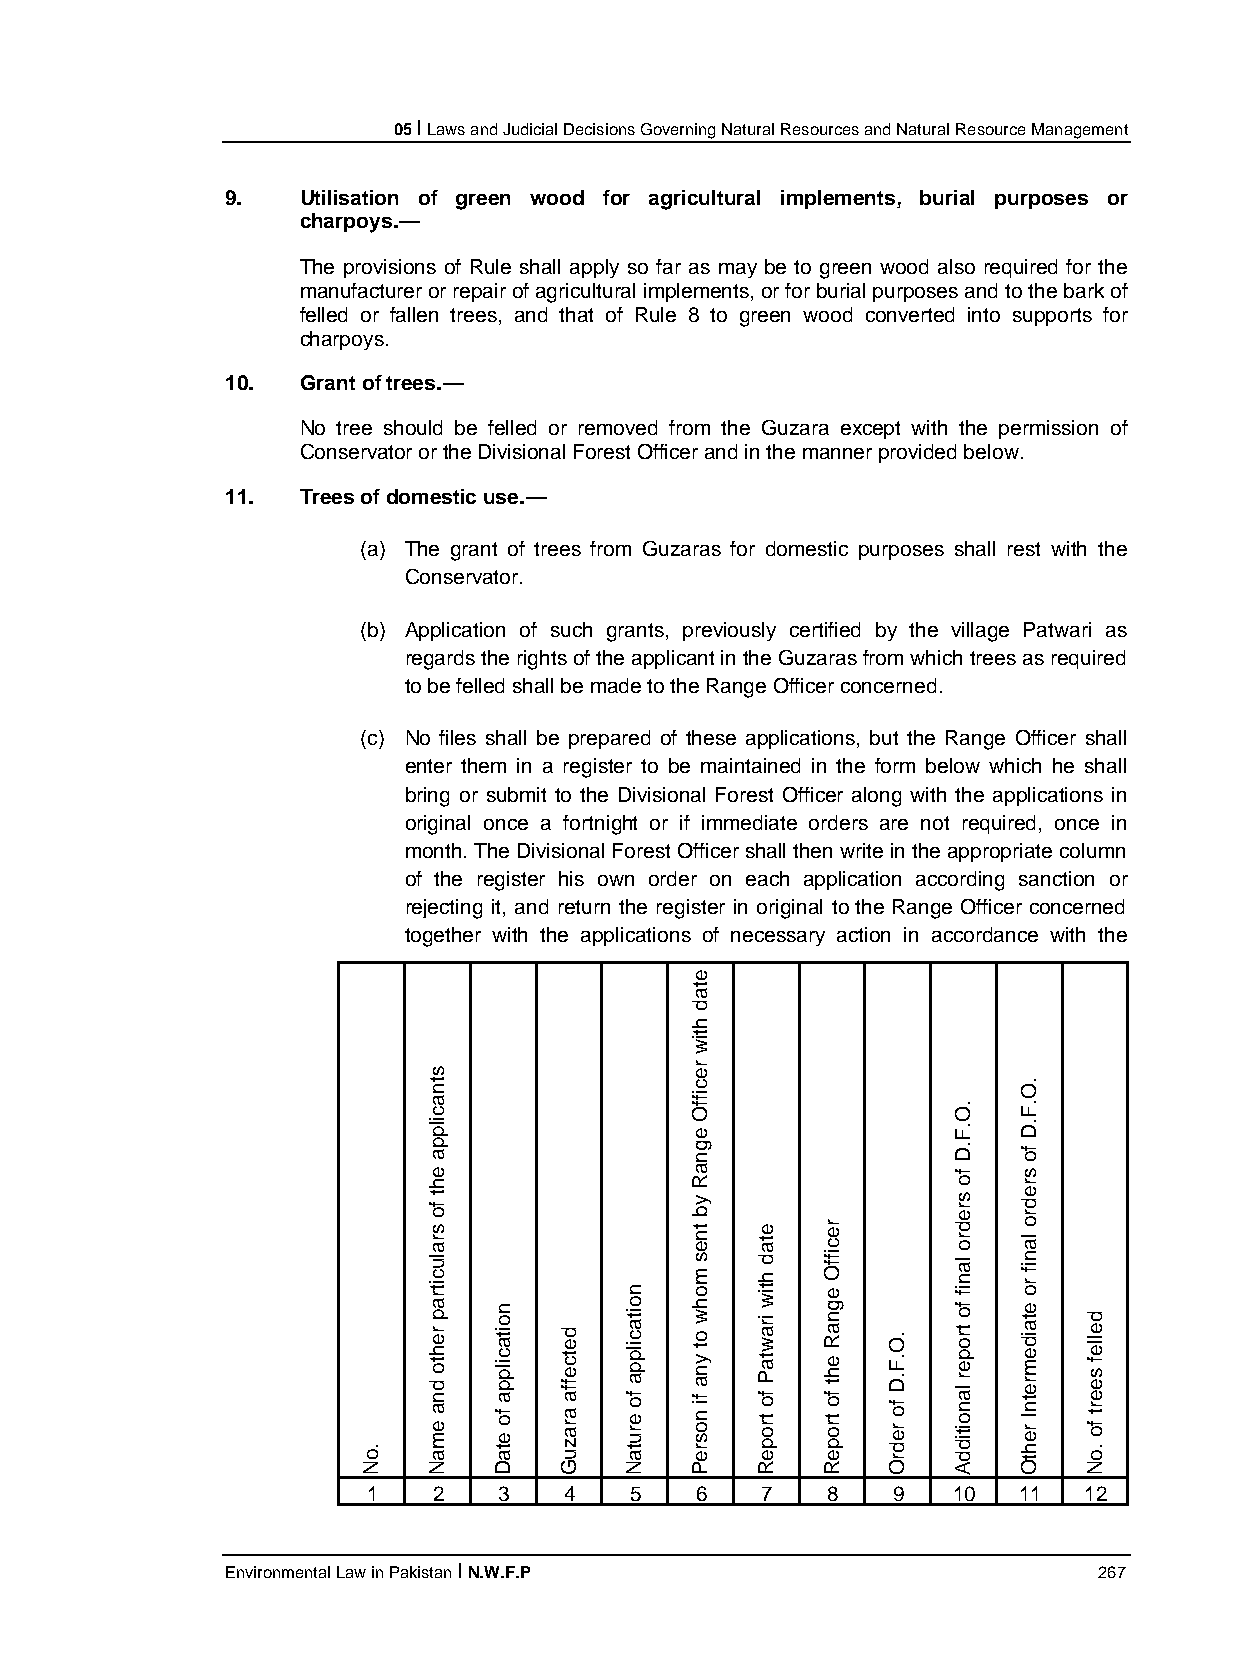
05 I Laws and Judicial Decisions Governing Natural Resources and Natural Resource Management
 9.   Utilisation of green wood for agricultural implements, burial purposes or
 charpoys.—
 The provisions of Rule shall apply so far as may be to green wood also required for the
 manufacturer or repair of agricultural implements, or for burial purposes and to the bark of
 felled or fallen trees, and that of Rule 8 to green wood converted into supports for
 charpoys.
 10.  Grant of trees.—
 No tree should be felled or removed from the Guzara except with the permission of
 Conservator or the Divisional Forest Officer and in the manner provided below.
 11.  Trees of domestic use.—
 (a) The grant of trees from Guzaras for domestic purposes shall rest with the
 Conservator.
 (b) Application of such grants, previously certified by the village Patwari as
 regards the rights of the applicant in the Guzaras from which trees as required
 to be felled shall be made to the Range Officer concerned.
 (c) No files shall be prepared of these applications, but the Range Officer shall
 enter them in a register to be maintained in the form below which he shall
 bring or submit to the Divisional Forest Officer along with the applications in
 original once a fortnight or if immediate orders are not required, once in
 month. The Divisional Forest Officer shall then write in the appropriate column
 of the register his own order on each application according sanction or
 rejecting it, and return the register in original to the Range Officer concerned
 together with the applications of necessary action in accordance with the
 1    2   3   4    5   6   7    8   9   10  11   12
 Environmental Law in Pakistan I N.W.F.P                   267
 .oN
 stnacilppa
 eht
 fo
 sralucitrap
 rehto
 dna
 emaN
 noitacilppa
 fo
 etaD
 detceffa
 arazuG
 noitacilppa
 fo
 erutaN
 etad
 htiw
 reciffO
 egnaR
 yb
 tnes
 mohw
 ot
 yna
 fi
 nosreP
 etad
 htiw
 irawtaP
 fo
 tropeR
 reciffO
 egnaR
 eht
 fo
 tropeR
 .O.F.D
 fo
 redrO
 .O.F.D
 fo
 sredro
 lanif
 fo
 troper
 lanoitiddA
 .O.F.D
 fo
 sredro
 lanif
 ro
 etaidemretnI
 rehtO
 dellef
 seert
 fo
 .oN